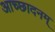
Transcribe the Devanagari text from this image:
आच्छादनम्‌